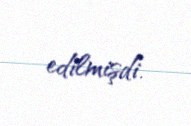
edilmişdi.